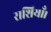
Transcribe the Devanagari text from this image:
राशियाँ।